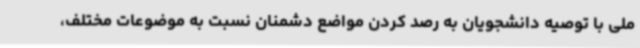
ملی با توصیه دانشجویان به رصد کردن مواضع دشمنان نسبت به موضوعات مختلف،